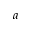
a